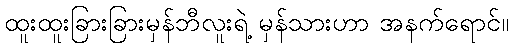
ထူးထူးခြားခြားမှန်ဘီလူးရဲ့ မှန်သားဟာ အနက်ရောင်။